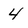
Character: 4